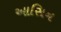
આસિન